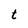
Character: t